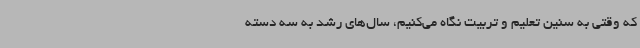
که وقتی به سنین تعلیم و تربیت نگاه می‌کنیم، سال‌های رشد به سه دسته